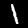
Digit: 1